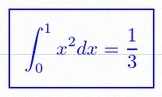
\int_0^1 x^2dx=\frac13